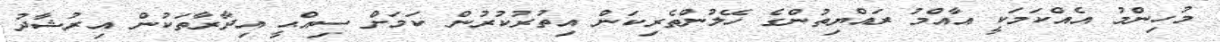
މުހިންމު އެއްކަމަކީ އާއްމު ރައްޔިތުންގެ ހޭލުންތެރިކަން އިތުރުކުރުން ކަމަށް ސިއްޙީ އިދާރާތަކުން އިރުޝާދު